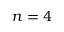
n = 4